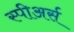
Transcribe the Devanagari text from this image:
स्पीअर्स